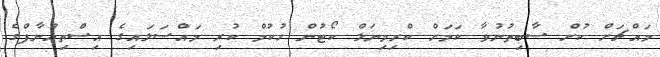
މައްޗަށް ކުށް ސާބިތުނުވާ ކަމަށް ކްރިމިނަލް ކޯޓުން ހުކުމް ކުރި މައްސަލައިގެ އިސްތިއުނާފްގެ